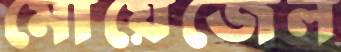
মোয়েজেল